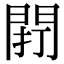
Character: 𨴆